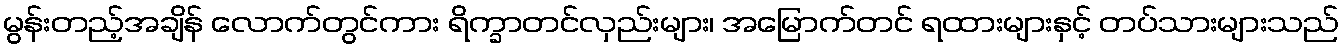
မွန်းတည့်အချိန် လောက်တွင်ကား ရိက္ခာတင်လှည်းများ၊ အမြောက်တင် ရထားများနှင့် တပ်သားများသည်